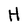
Character: H